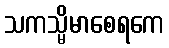
သကသ္မိမာစေရကေ